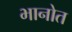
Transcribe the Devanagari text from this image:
भानोत